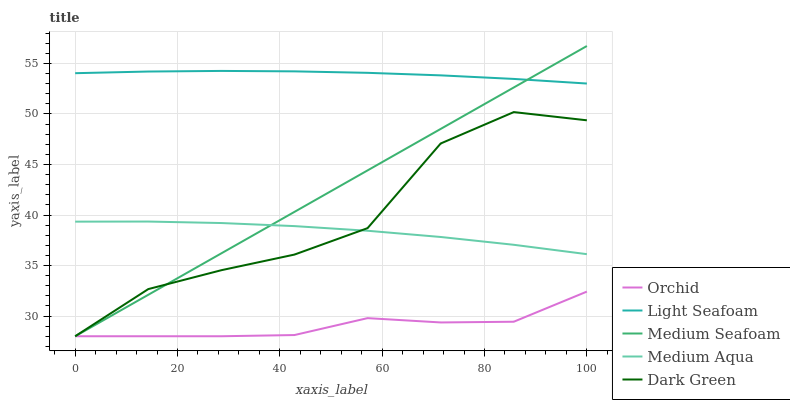
| xaxis_label | Orchid | Light Seafoam | Medium Seafoam | Medium Aqua | Dark Green |
 | --- | --- | --- | --- | --- | --- |
 | 0 | 28 | 54 | 28 | 39.3 | 28 |
 | 14.3 | 28 | 54.2 | 32.1 | 39.4 | 32.7 |
 | 28.6 | 28 | 54.3 | 36.2 | 39.2 | 34.5 |
 | 42.9 | 28.1 | 54.2 | 40.3 | 38.9 | 36.1 |
 | 57.1 | 29.8 | 54.1 | 44.4 | 38.4 | 38.7 |
 | 71.4 | 29.4 | 53.8 | 48.5 | 37.8 | 47.1 |
 | 85.7 | 29.4 | 53.5 | 52.6 | 37.1 | 50.2 |
 | 100 | 32.4 | 53 | 56.7 | 36.1 | 49.4 |